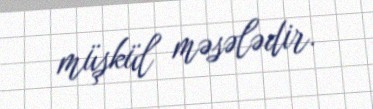
müşkül məsələdir.